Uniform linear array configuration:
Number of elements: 48
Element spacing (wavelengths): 0.5
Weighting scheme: hamming
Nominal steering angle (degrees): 15
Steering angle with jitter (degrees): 15.431
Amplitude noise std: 0.05
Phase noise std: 0.05

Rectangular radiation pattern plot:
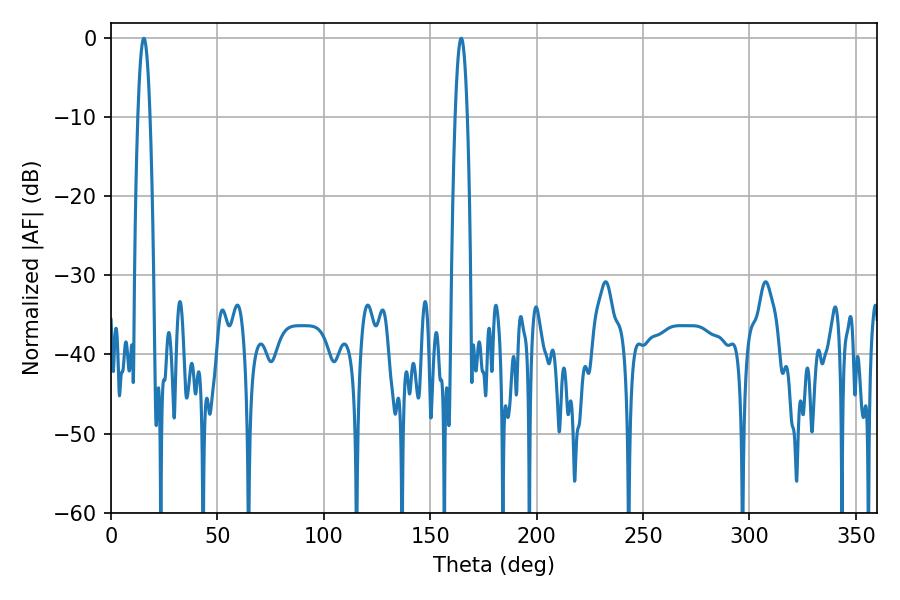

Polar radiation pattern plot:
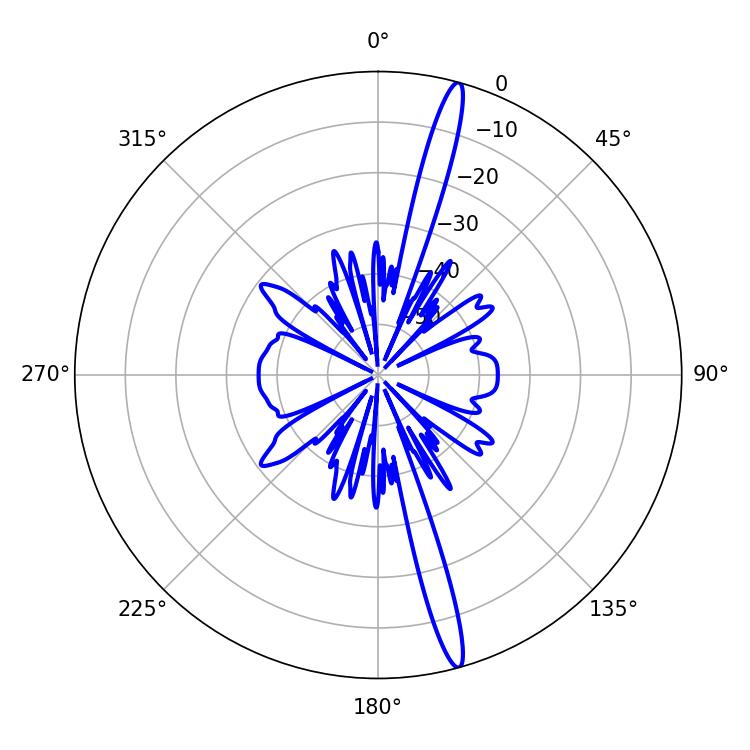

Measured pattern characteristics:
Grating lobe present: FALSE
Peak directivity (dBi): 17.991
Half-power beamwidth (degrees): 3.06
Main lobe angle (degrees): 15.48